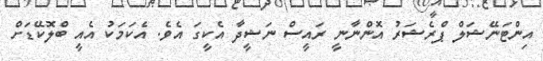
އިންޓަނޭޝަލް ޕްރެޝަރު އޮންނާނީ ރައީސް ނަޝީދާ އެކީގަ އެވެ. އެކަމަކު އެއީ ބްލޮކޭޑަށް